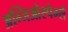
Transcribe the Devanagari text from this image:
अन्जिओस्पेर्म्स